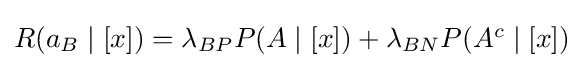
\textstyle R(a_{B}\mid [x])=\lambda _{BP}P(A\mid [x])+\lambda _{BN}P(A^{c}\mid [x])